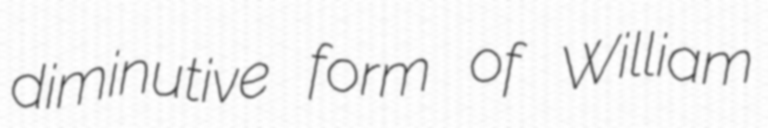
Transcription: diminutive form of William